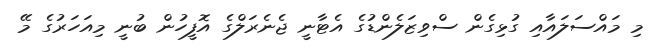
މި މައްސަލައާއި ގުޅިގެން ސްވިޒަލެންޑުގެ އެޓާނީ ޖެނެރަލްގެ އޮފީހުން ބުނީ މިއަހަރުގެ މޭ